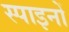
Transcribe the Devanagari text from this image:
स्पाइनों